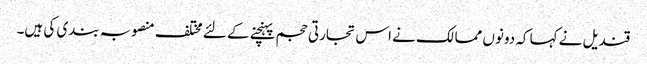
قندیل نے کہا کہ دونوں ممالک نے اس تجارتی حجم پہنچنے کے لئے مختلف منصوبہ بندی کی ہیں۔